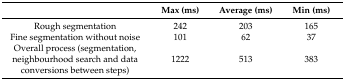
|  | Max (ms) | Average (ms) | Min (ms) |
 | --- | --- | --- | --- |
 | Rough segmentation | 242 | 203 | 165 |
 | Fine segmentation without noise | 101 | 62 | 37 |
 | Overall process (segmentation, neighbourhood search and data conversions between steps) | 1222 | 513 | 383 |